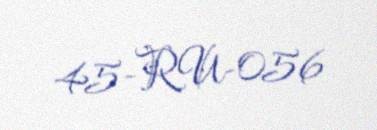
45-RU-056